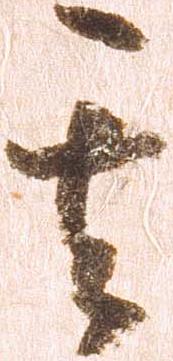
其